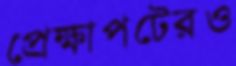
প্রেক্ষাপটেরও